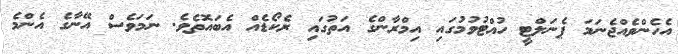
އެހެންވެއްޖެނަމަ ޕެނަލްޓީ ހުއްޓުވުމުގައި އިމްރާންގެ އަތުގައި ރެކޯޑެއް އެބައޮތެވެ. ނަމަވެސް އޭނާގެ އެންމެ